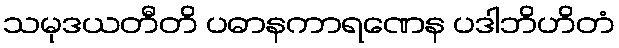
သမုဒယတီတိ ပဓာနကာရဏေန ပဒါဘိဟိတံ